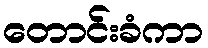
တောင်းခံကာ